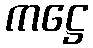
ကဋ္ဌေ